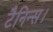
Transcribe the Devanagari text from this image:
टैनिन्स।